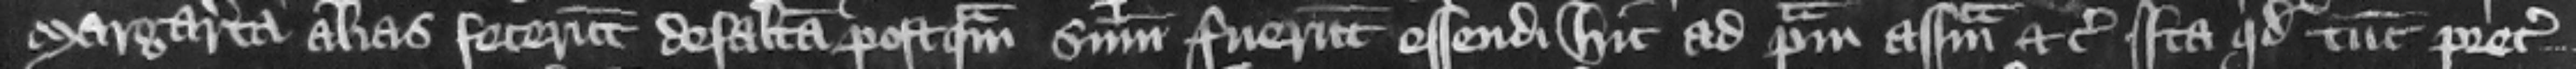
Margareta alias fecerunt defaltam postquam summoniti fuerunt essendi hic ad primam assisam etc. ita quod tunc preceptum